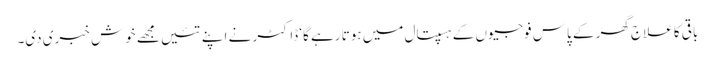
باقی کا علاج گھر کے پاس فوجیوں کے ہسپتال میں ہوتا رہے گا‘ ڈاکٹر نے اپنے تئیں مجھے خوش خبری دی۔